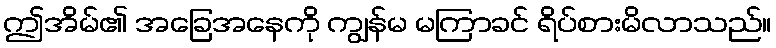
ဤအိမ်၏ အခြေအနေကို ကျွန်မ မကြာခင် ရိပ်စားမိလာသည်။